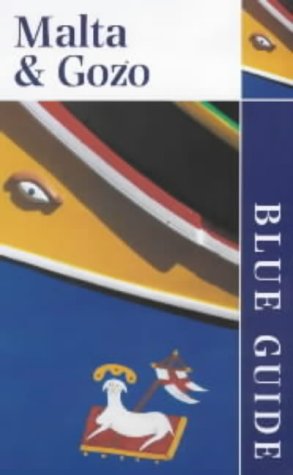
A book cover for Malta and Gozo (Blue Guides); Geoffrey Aquilina Ross; Travel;